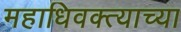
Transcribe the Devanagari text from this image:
महाधिवक्त्याच्या